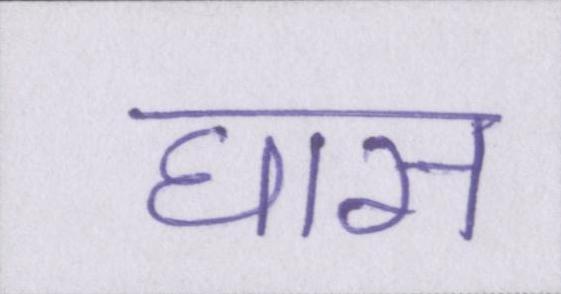
घास